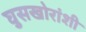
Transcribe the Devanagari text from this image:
घुसखोरांशी